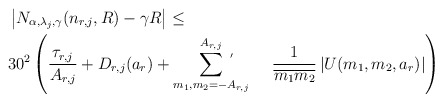
\begin{align*}&\left|N_{\alpha, \lambda_j,\gamma} (n_{r,j}, R)-\gamma R \right|\leq \\&30^2\left( \frac{\tau_{r,j}}{A_{r,j}}+ D_{r,j}(a_r) + \sum_{m_1,m_2=-A_{r,j}}^{A_{r,j}} \!\!\!\!\!\!\!\!^{\Large '}\ \ \ \ \ \ \ \frac{1}{\overline{m_1}\overline{m_2}} \left| U(m_1,m_2,a_r)\right|\right)\end{align*}